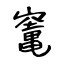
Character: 竃